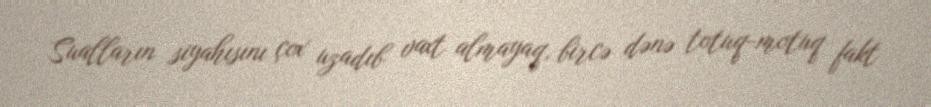
Sualların siyahısını çox uzadıb vaxt almayaq, bircə dənə totuq-motuq fakt